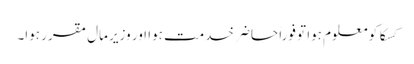
کسکا کو معلوم ہوا تو فوراً حاضر خدمت ہوا اور وزیر مال مقرر ہوا۔